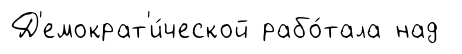
Д'емократ'и́ческой рабо́тала над